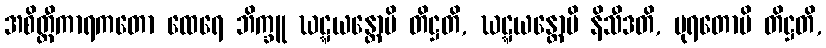
အစိတ္တီကာရကတော ထေရေ ဘိက္ခူ ဃဋ္ဋယန္တောပိ တိဋ္ဌတိ, ဃဋ္ဋယန္တောပိ နိသီဒတိ, ပုရတောပိ တိဋ္ဌတိ,